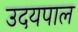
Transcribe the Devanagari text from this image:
उदयपाल